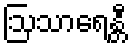
ဩသာရေန္တီ